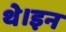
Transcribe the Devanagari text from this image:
थे।इन